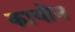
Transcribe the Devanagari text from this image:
कायोन